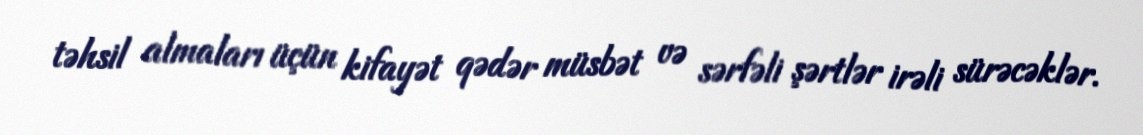
təhsil almaları üçün kifayət qədər müsbət və sərfəli şərtlər irəli sürəcəklər.